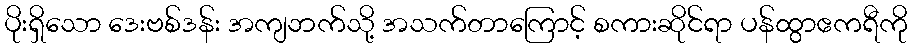
ပိုးရှိသော ဒေးဗစ်ဒန်း အကျဘက်သို့ အသက်တာကြောင့် စကားဆိုင်ရာ ပန်ထွာဧကရီကို